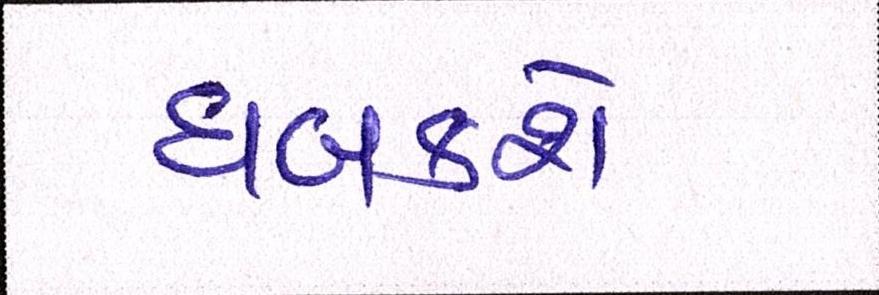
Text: ધબકશે